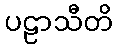
ပဠာသီတိ